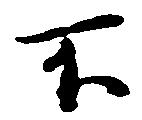
不